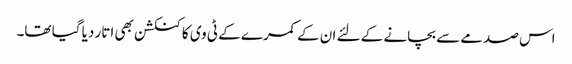
اس صدمے سے بچانے کے لئے ان کے کمرے کے ٹی وی کا کنکشن بھی اتار دیا گیا تھا۔